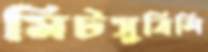
মিটসুবিশি